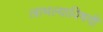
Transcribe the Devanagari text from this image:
लाभल्याविषयी